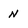
Character: n